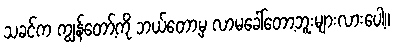
သခင်က ကျွန်တော့်ကို ဘယ်တော့မှ လာမခေါ်တော့ဘူးများလားပေါ့။